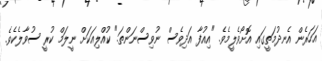
އަހަރެން އެނދުމަތީގައި އޮށޯވެލީމެވެ. "އިއުފާ އަދިވެސް ނުވިސްނަންތަ." ކުއްލިއަކަށް ނީލަމް ކުރީ ސުވާލެކެވެ.